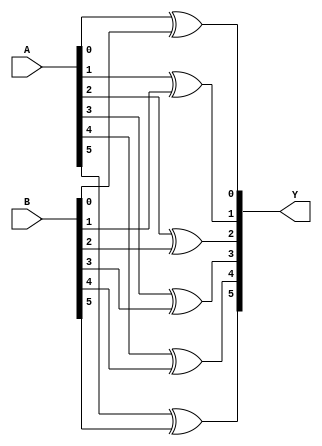
`timescale 1ns / 1ps
//////////////////////////////////////////////////////////////////////////////////
// Company: 
// 
// Design Name: 
// Module Name: MOD_XOR_2x6b
// Project Name: 
// Target Devices: 
// Tool Versions: 
// Description: 
// 
// Dependencies: 
// 
// Revision:
// Revision 0.01 - File Created
// Additional Comments:
// 
//////////////////////////////////////////////////////////////////////////////////


module MOD_XOR_2x6b(
    input [5:0] A,
    input [5:0] B,
    output [5:0] Y
);

    assign Y[0] = A[0] ^ B[0];
    assign Y[1] = A[1] ^ B[1];
    assign Y[2] = A[2] ^ B[2];
    assign Y[3] = A[3] ^ B[3];
    assign Y[4] = A[4] ^ B[4];
    assign Y[5] = A[5] ^ B[5];

endmodule